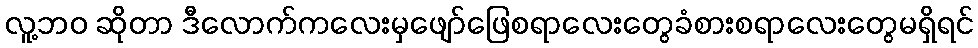
လူ့ဘဝ ဆိုတာ ဒီလောက်ကလေးမှဖျော်ဖြေစရာလေးတွေခံစားစရာလေးတွေမရှိရင်